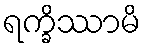
ရက္ခိဿာမိ